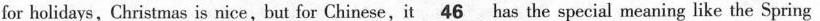
for holidays, Christmas is nice,but for Chinese,it\underline{46}has the special meaning like the Spring